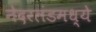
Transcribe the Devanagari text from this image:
नेदरलंडमध्ये